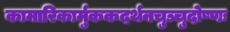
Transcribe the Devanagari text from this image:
कामारिकार्मुककदर्थनचुञ्चुदोष्णः